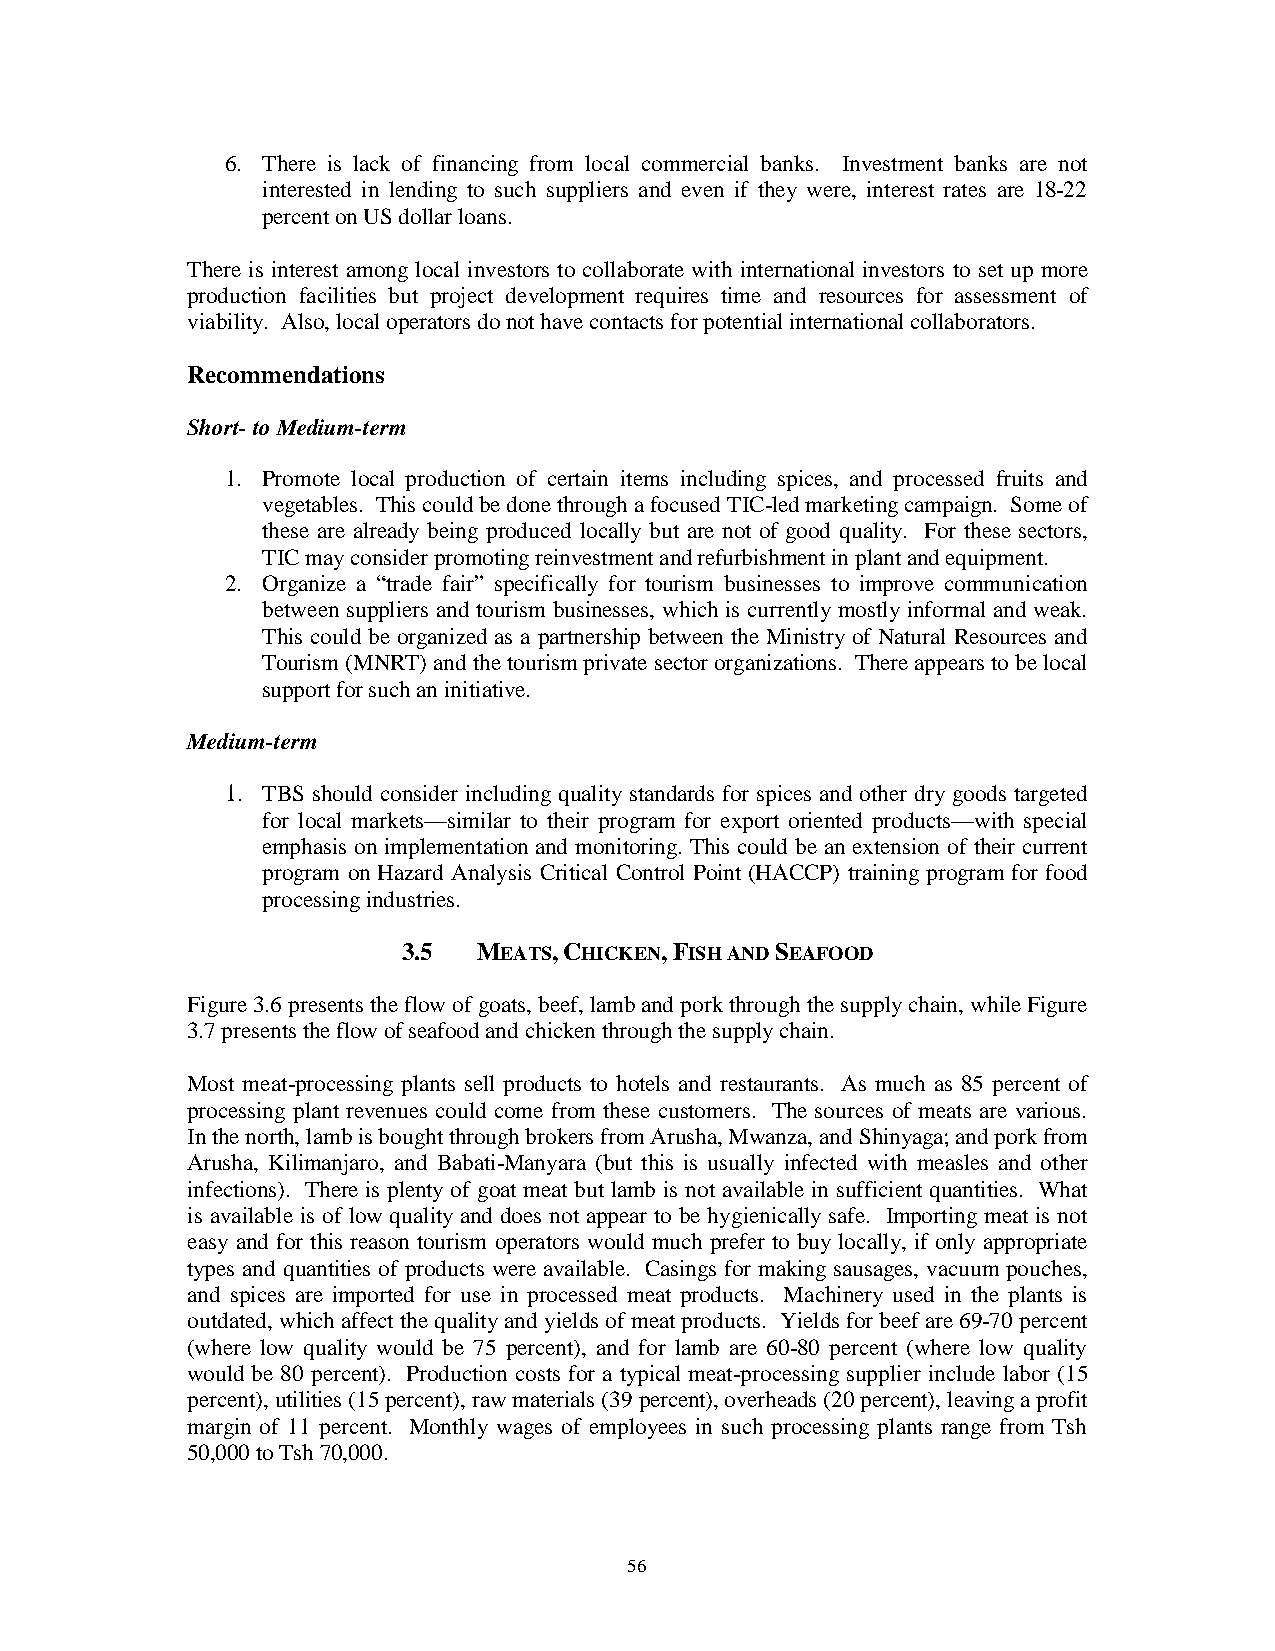
6. There is lack of financing from local commercial banks. Investment banks are not
 interested in lending to such suppliers and even if they were, interest rates are 18-22
 percent on US dollar loans.
 There is interest among local investors to collaborate with international investors to set up more
 production facilities but project development requires time and resources for assessment of
 viability. Also, local operators do not have contacts for potential international collaborators.
 Recommendations
 Short- to Medium-term
 1. Promote local production of certain items including spices, and processed fruits and
 vegetables. This could be done through a focused TIC-led marketing campaign. Some of
 these are already being produced locally but are not of good quality. For these sectors,
 TIC may consider promoting reinvestment and refurbishment in plant and equipment.
 2. Organize a “trade fair” specifically for tourism businesses to improve communication
 between suppliers and tourism businesses, which is currently mostly informal and weak.
 This could be organized as a partnership between the Ministry of Natural Resources and
 Tourism (MNRT) and the tourism private sector organizations. There appears to be local
 support for such an initiative.
 Medium-term
 1. TBS should consider including quality standards for spices and other dry goods targeted
 for local markets—similar to their program for export oriented products—with special
 emphasis on implementation and monitoring. This could be an extension of their current
 program on Hazard Analysis Critical Control Point (HACCP) training program for food
 processing industries.
 3.5  MEATS, CHICKEN, FISH AND SEAFOOD
 Figure 3.6 presents the flow of goats, beef, lamb and pork through the supply chain, while Figure
 3.7 presents the flow of seafood and chicken through the supply chain.
 Most meat-processing plants sell products to hotels and restaurants. As much as 85 percent of
 processing plant revenues could come from these customers. The sources of meats are various.
 In the north, lamb is bought through brokers from Arusha, Mwanza, and Shinyaga; and pork from
 Arusha, Kilimanjaro, and Babati-Manyara (but this is usually infected with measles and other
 infections). There is plenty of goat meat but lamb is not available in sufficient quantities. What
 is available is of low quality and does not appear to be hygienically safe. Importing meat is not
 easy and for this reason tourism operators would much prefer to buy locally, if only appropriate
 types and quantities of products were available. Casings for making sausages, vacuum pouches,
 and spices are imported for use in processed meat products. Machinery used in the plants is
 outdated, which affect the quality and yields of meat products. Yields for beef are 69-70 percent
 (where low quality would be 75 percent), and for lamb are 60-80 percent (where low quality
 would be 80 percent). Production costs for a typical meat-processing supplier include labor (15
 percent), utilities (15 percent), raw materials (39 percent), overheads (20 percent), leaving a profit
 margin of 11 percent. Monthly wages of employees in such processing plants range from Tsh
 50,000 to Tsh 70,000.
 56